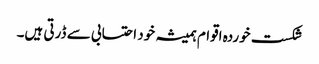
شکست خوردہ اقوام ہمیشہ خود احتسابی سے ڈرتی ہیں۔